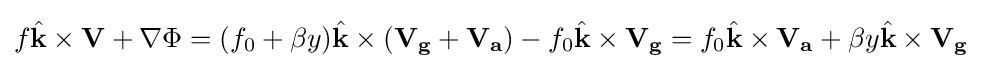
{f{\hat {\mathbf {k} }}\times \mathbf {V} +\nabla \Phi }={(f_{0}+\beta y){\hat {\mathbf {k} }}\times (\mathbf {V_{g}} +\mathbf {V_{a}} )-f_{0}{\hat {\mathbf {k} }}\times \mathbf {V_{g}} }={f_{0}{\hat {\mathbf {k} }}\times \mathbf {V_{a}} +\beta y{\hat {\mathbf {k} }}\times \mathbf {V_{g}} }